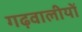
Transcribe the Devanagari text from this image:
गढ़वालीयों